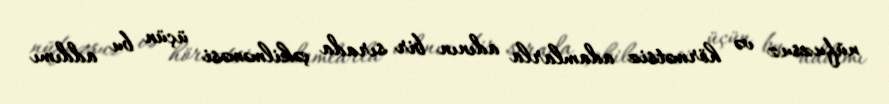
nüfuzsuz və hörmətsiz adamlarla adının bir sırada çəkilməməsi üçün bu addımı